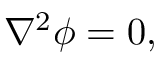
{ \nabla } ^ { 2 } \phi = 0 ,